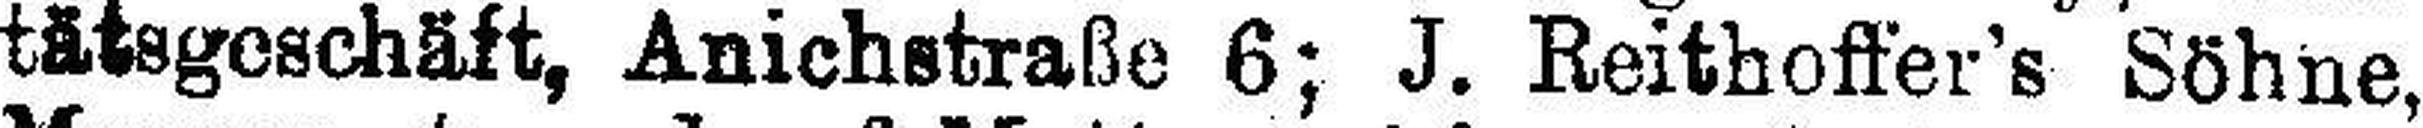
tätsgeschäft, Anichstraße 6; J. Reithoffer’s Söhne,